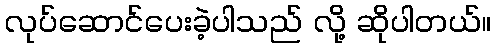
လုပ်ဆောင်ပေးခဲ့ပါသည် လို့ ဆိုပါတယ်။